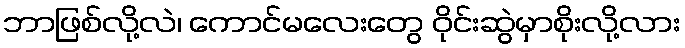
ဘာဖြစ်လို့လဲ၊ ကောင်မလေးတွေ ဝိုင်းဆွဲမှာစိုးလို့လား